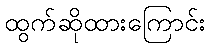
ထွက်ဆိုထားကြောင်း